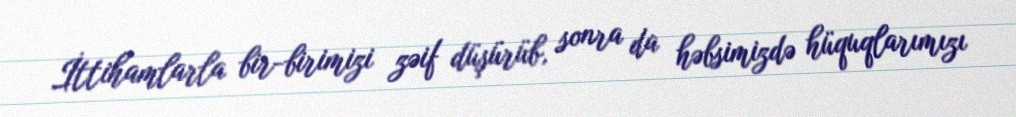
İttihamlarla bir-birimizi zəif düşürüb, sonra da həbsimizdə hüquqlarımızı